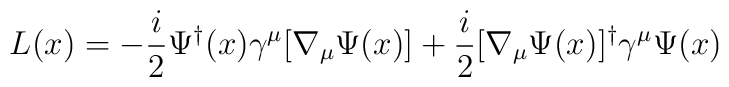
L(x) = -{i\over2} \Psi^\dagger(x)\gamma^\mu [\nabla_\mu \Psi(x)] +{i\over2} [\nabla_\mu \Psi(x)]^\dagger \gamma^\mu \Psi(x)